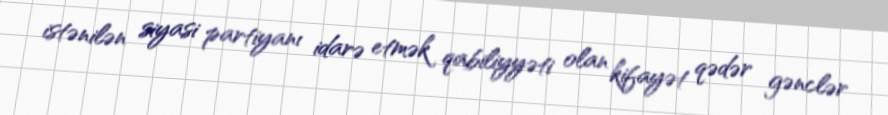
istənilən siyasi partiyanı idarə etmək qabiliyyəti olan kifayət qədər gənclər